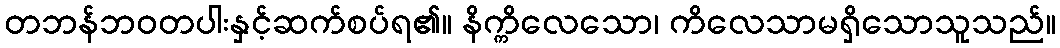
တဘန်ဘဝတပါးနှင့်ဆက်စပ်ရ၏။ နိက္ကိလေသော၊ ကိလေသာမရှိသောသူသည်။